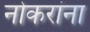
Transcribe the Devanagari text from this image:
नोकरांना